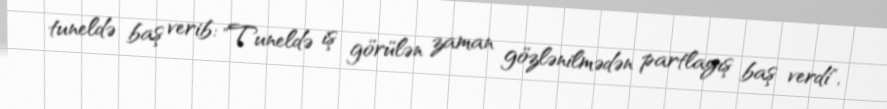
tuneldə baş verib: "Tuneldə iş görülən zaman gözlənilmədən partlayış baş verdi",